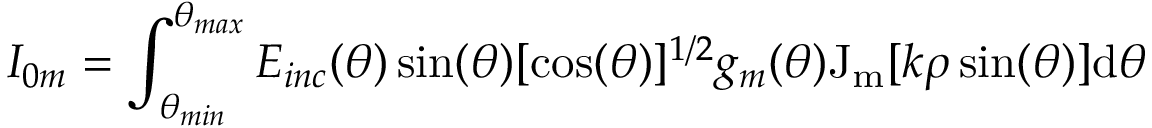
I _ { 0 m } = \int _ { \theta _ { m i n } } ^ { \theta _ { m a x } } E _ { i n c } ( \theta ) \sin ( \theta ) [ \cos ( \theta ) ] ^ { 1 / 2 } g _ { m } ( \theta ) \mathrm { J _ { m } } [ k \rho \sin ( \theta ) ] \mathrm { d } \theta